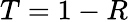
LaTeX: T=1-R